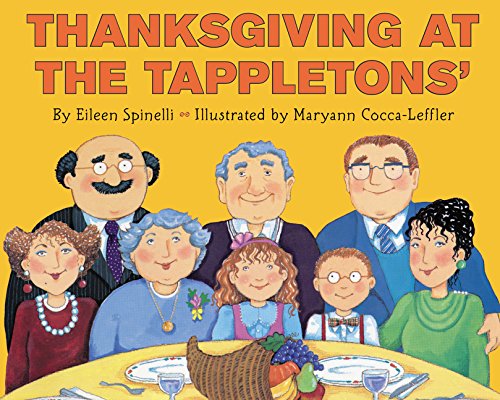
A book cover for Thanksgiving at the Tappletons'; Eileen Spinelli; Children's Books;